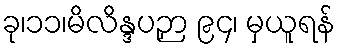
ခု၊၁၁၊မိလိန္ဒပဉှာ ၉၄၊ မှယူရန်